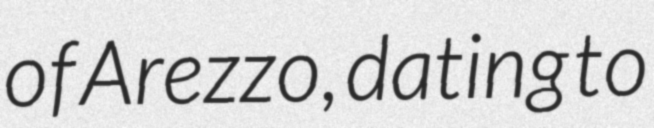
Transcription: of Arezzo, dating to